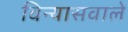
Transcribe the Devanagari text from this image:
विन्यासवाले